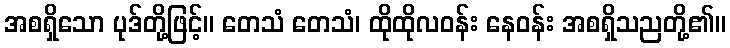
အစရှိသော ပုဒ်တို့ဖြင့်။ တေသံ တေသံ၊ ထိုထိုလဝန်း နေဝန်း အစရှိသညတို့၏။